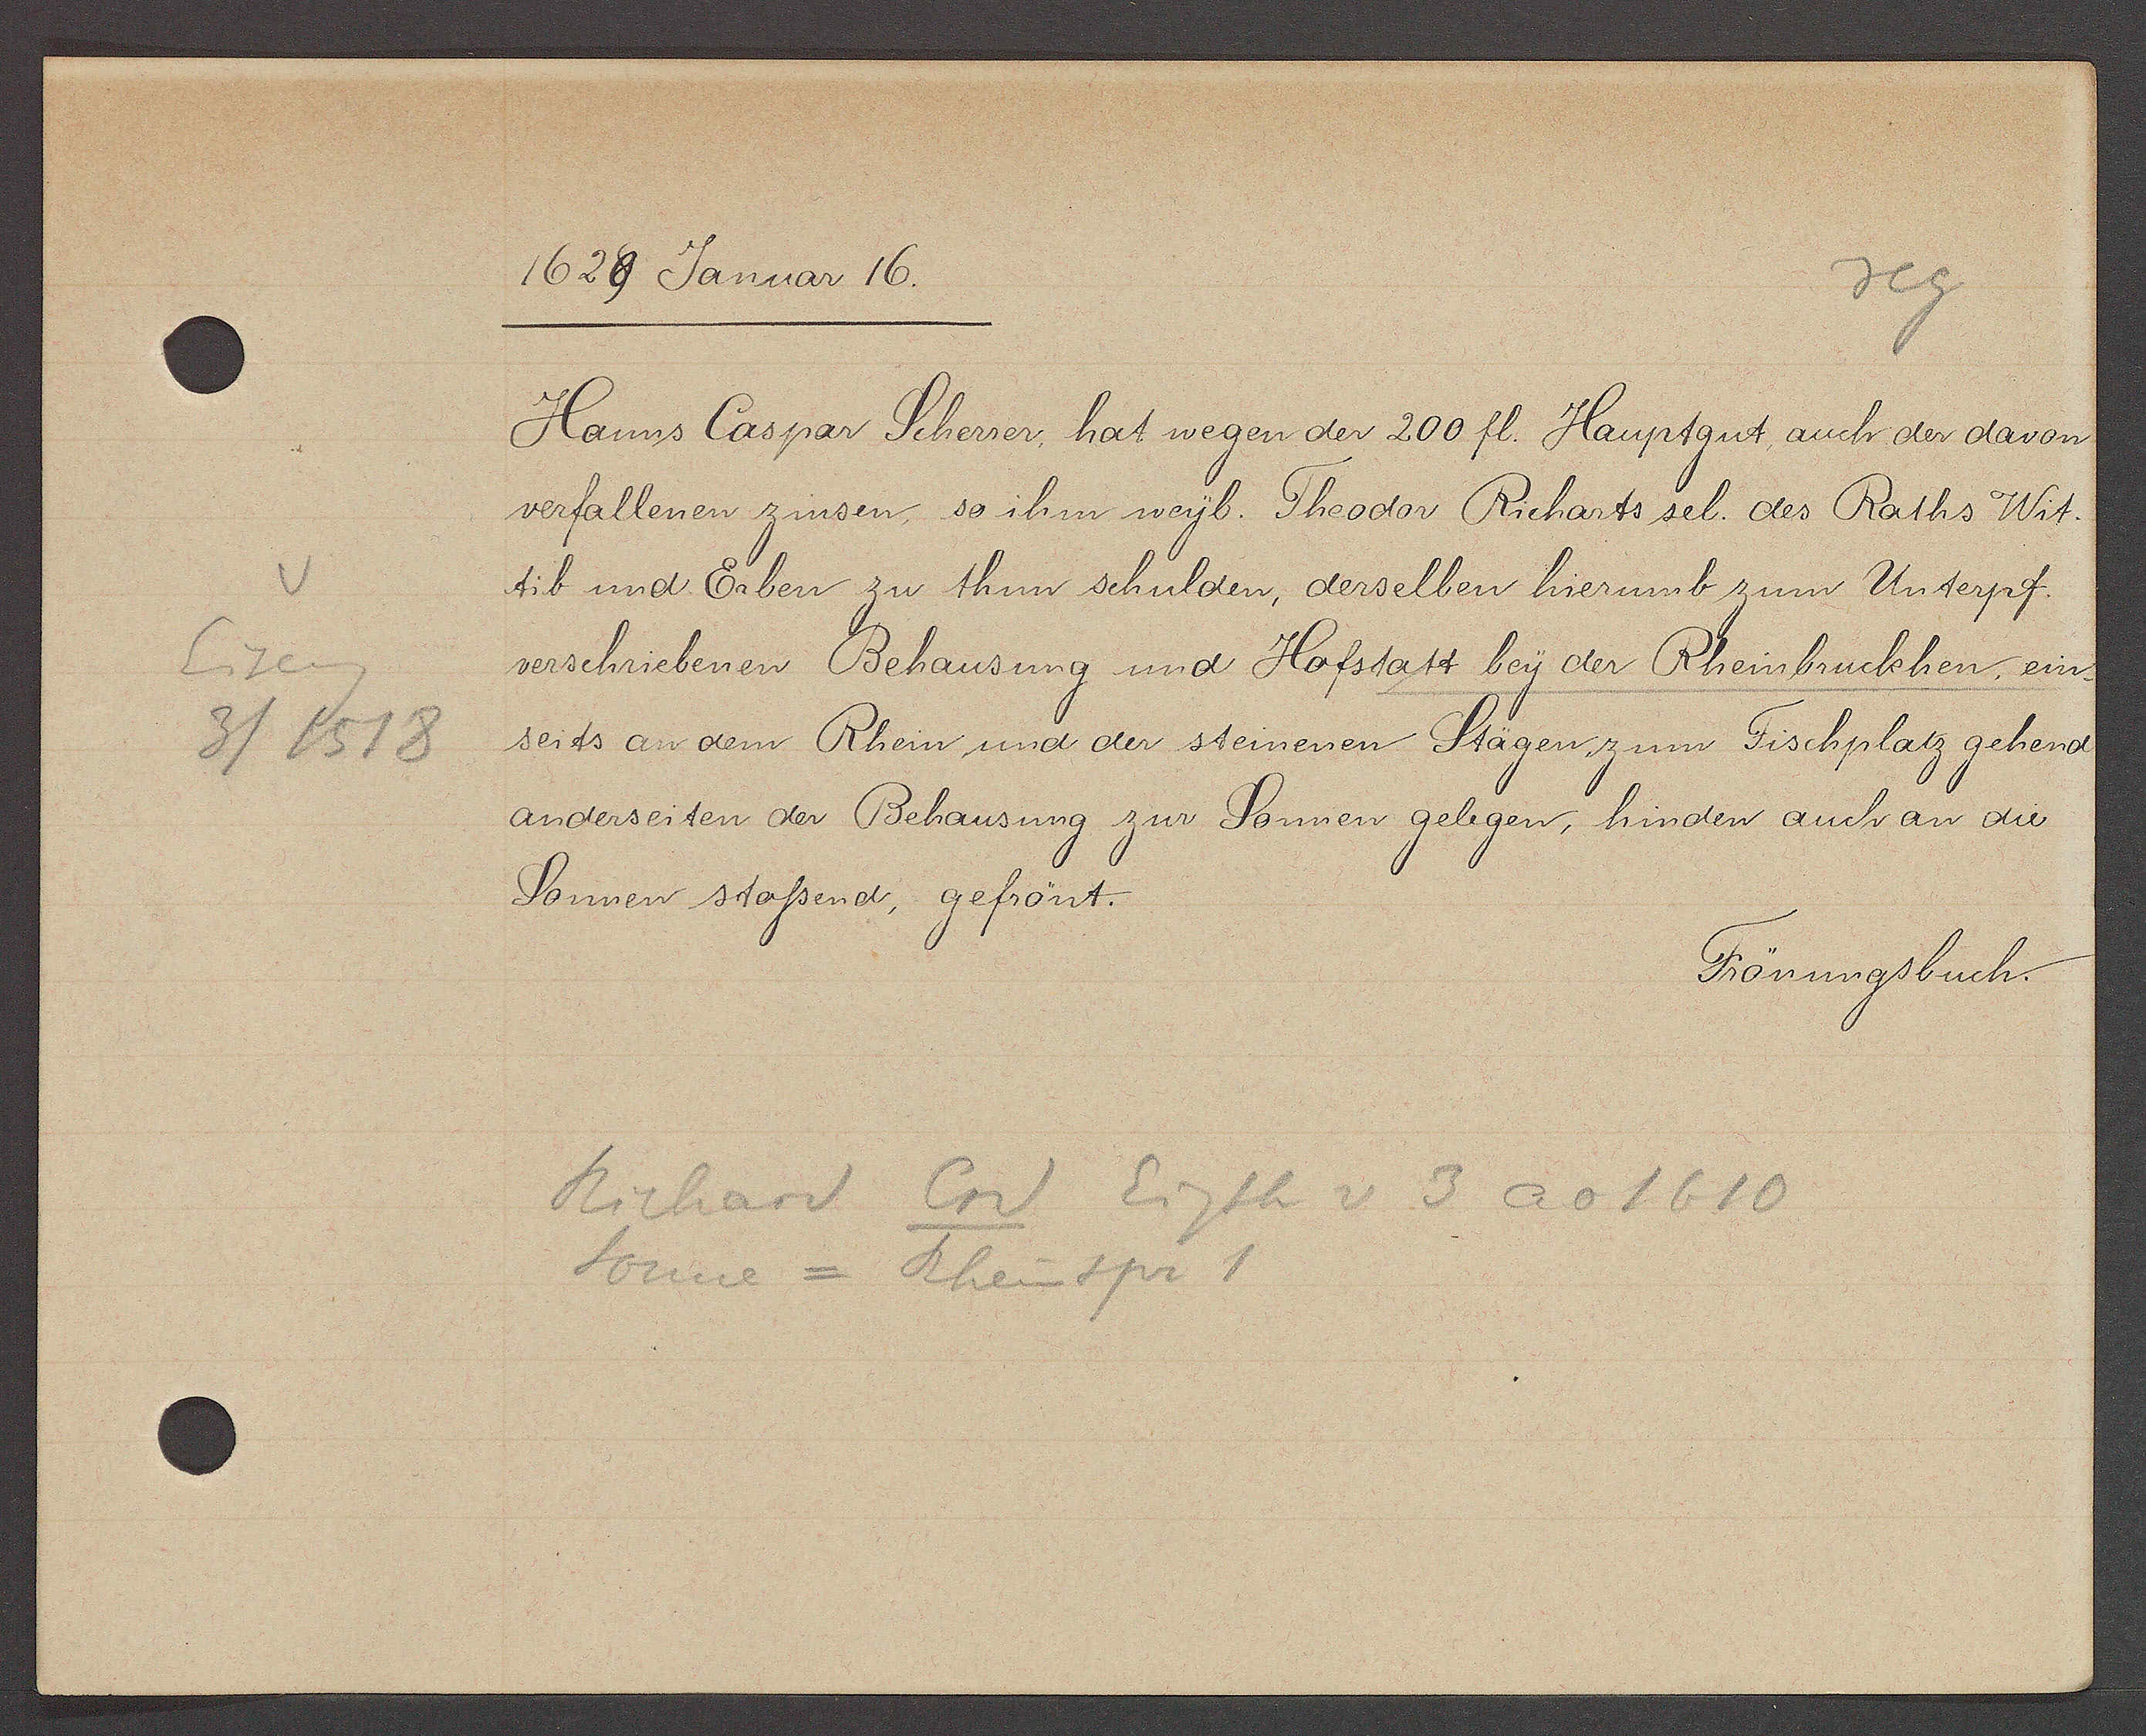
Transcript:
Eiseng
3/1518

16289 Januar 16.
Hanns Caspar Scherrer hat wegen der 200 fl. Hauptgut auch der davon
verfallenen zinsen so ihm weyb. Theodor Richarts sel. des Raths Wit-
tib und Erben zu thun schulden, derselben hierumb zum Unterpf.
verschriebenen Behausung und Hofstatt bey der Rheinbruckhen, ein-
seits an dem Rhein und der steinenen Stägen zum Fischplatz gehend
anderseiten der Behausung zur Sonnen gelegen, hinden auch an die
Sonnen stossend gefrönt.
Frönungsbuch.
Richard Crd Eigth v 3 ao 1610
Sonne = Rheinspr 1